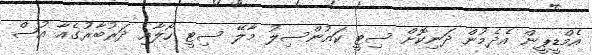
އެމްޑީޕީން އެދެމުން ދަނިކޮށް ސިޓީ ކައުންސިލު މާލޭ ސިޓީ ހޯލާއި ދަރުބާރުގެއާ އުސް